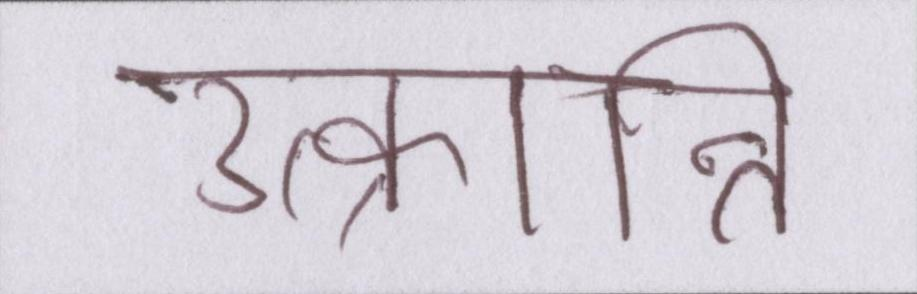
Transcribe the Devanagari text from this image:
उत्क्रान्ति